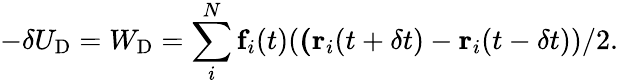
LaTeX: -\delta U_{\textrm{D}}=W_{\textrm{D}}=\sum_{i}^{N}\textbf{f}_{i}(t)(\textbf(\textbf{r}_{i}(t+\delta t)-\textbf{r}_{i}(t-\delta t))/2.